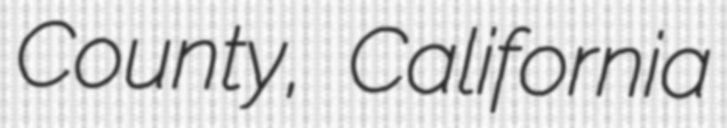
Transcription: County, California